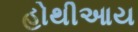
હોથીઆય